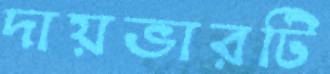
দায়ভারটি